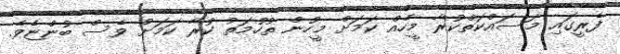
ފެރީގައި މަސައްކަތްކުރާ މީހެއް ކަމަށް މީހުން ތުހުމަތު ކުރާ ކަމަށް ވެސް ބުންޏެވެ.